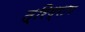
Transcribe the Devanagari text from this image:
त्रिग्राम